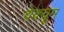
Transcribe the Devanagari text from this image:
वेक्यूम